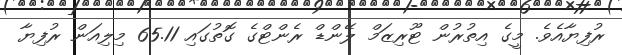
ރުފިޔާއެވެ. މީގެ އިތުރުން ޓޫރިޒަމް ލޭންޑް ރެންޓްގެ ގޮތުގައި 65.11 މިލިއަން ރުފިޔާ